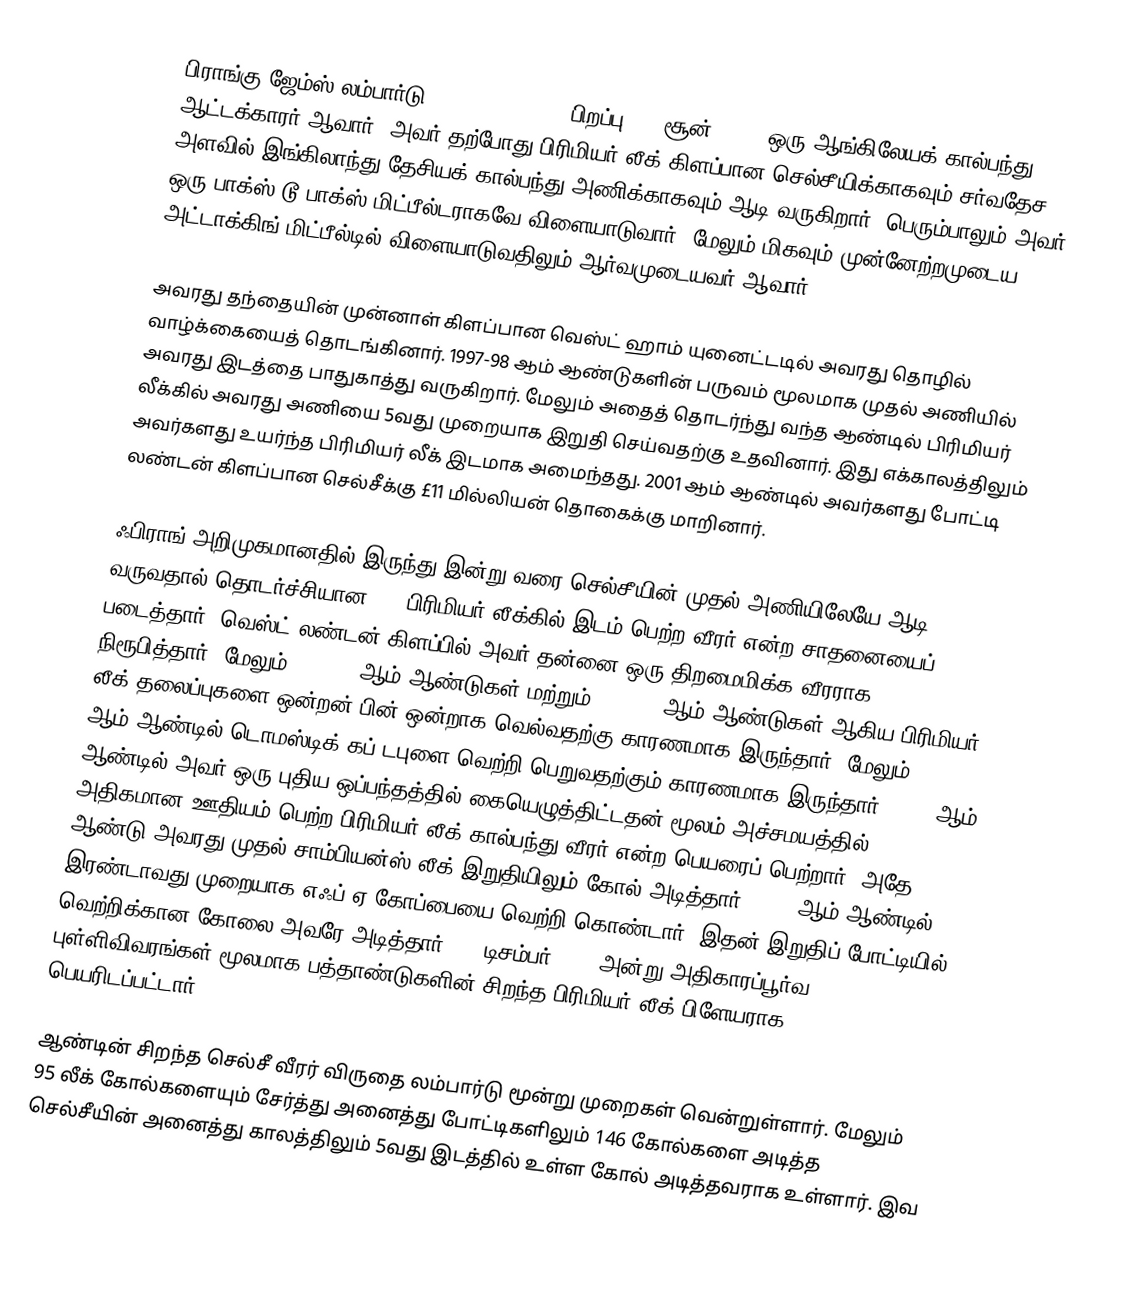
பிராங்கு ஜேம்ஸ் லம்பார்டு ('Frank Lampard, பிறப்பு: 20 சூன் 1978) ஒரு ஆங்கிலேயக் கால்பந்து ஆட்டக்காரர் ஆவார். அவர் தற்போது பிரிமியர் லீக் கிளப்பான செல்சீயிக்காகவும் சர்வதேச அளவில் இங்கிலாந்து தேசியக் கால்பந்து அணிக்காகவும் ஆடி வருகிறார். பெரும்பாலும் அவர் ஒரு பாக்ஸ்-டூ-பாக்ஸ் மிட்பீல்டராகவே விளையாடுவார். மேலும் மிகவும் முன்னேற்றமுடைய அட்டாக்கிங் மிட்பீல்டில் விளையாடுவதிலும் ஆர்வமுடையவர் ஆவார்.

அவரது தந்தையின் முன்னாள் கிளப்பான வெஸ்ட் ஹாம் யுனைட்டடில் அவரது தொழில் வாழ்க்கையைத் தொடங்கினார். 1997-98 ஆம் ஆண்டுகளின் பருவம் மூலமாக முதல் அணியில் அவரது இடத்தை பாதுகாத்து வருகிறார். மேலும் அதைத் தொடர்ந்து வந்த ஆண்டில் பிரிமியர் லீக்கில் அவரது அணியை 5வது முறையாக இறுதி செய்வதற்கு உதவினார். இது எக்காலத்திலும் அவர்களது உயர்ந்த பிரிமியர் லீக் இடமாக அமைந்தது. 2001 ஆம் ஆண்டில் அவர்களது போட்டி லண்டன் கிளப்பான செல்சீக்கு £11 மில்லியன் தொகைக்கு மாறினார்.

ஃபிராங் அறிமுகமானதில் இருந்து இன்று வரை செல்சீயின் முதல் அணியிலேயே ஆடி வருவதால் தொடர்ச்சியான 164 பிரிமியர் லீக்கில் இடம் பெற்ற வீரர் என்ற சாதனையைப் படைத்தார். வெஸ்ட் லண்டன் கிளப்பில் அவர் தன்னை ஒரு திறமைமிக்க வீரராக நிரூபித்தார். மேலும் 2004-05 ஆம் ஆண்டுகள் மற்றும் 2005-06 ஆம் ஆண்டுகள் ஆகிய பிரிமியர் லீக் தலைப்புகளை ஒன்றன் பின் ஒன்றாக வெல்வதற்கு காரணமாக இருந்தார். மேலும் 2007 ஆம் ஆண்டில் டொமஸ்டிக் கப் டபுளை வெற்றி பெறுவதற்கும் காரணமாக இருந்தார். 2008 ஆம் ஆண்டில் அவர் ஒரு புதிய ஒப்பந்தத்தில் கையெழுத்திட்டதன் மூலம் அச்சமயத்தில் அதிகமான ஊதியம் பெற்ற பிரிமியர் லீக் கால்பந்து வீரர் என்ற பெயரைப் பெற்றார். அதே ஆண்டு அவரது முதல் சாம்பியன்ஸ் லீக் இறுதியிலும் கோல் அடித்தார். 2009 ஆம் ஆண்டில் இரண்டாவது முறையாக எஃப்.ஏ கோப்பையை வெற்றி கொண்டார். இதன் இறுதிப் போட்டியில் வெற்றிக்கான கோலை அவரே அடித்தார். 23 டிசம்பர் 2009 அன்று அதிகாரப்பூர்வ புள்ளிவிவரங்கள் மூலமாக பத்தாண்டுகளின் சிறந்த பிரிமியர் லீக் பிளேயராக பெயரிடப்பட்டார்.

ஆண்டின் சிறந்த செல்சீ வீரர் விருதை லம்பார்டு மூன்று முறைகள் வென்றுள்ளார். மேலும் 95 லீக் கோல்களையும் சேர்த்து அனைத்து போட்டிகளிலும் 146 கோல்களை அடித்த செல்சீயின் அனைத்து காலத்திலும் 5வது இடத்தில் உள்ள கோல் அடித்தவராக உள்ளார். இவ